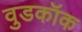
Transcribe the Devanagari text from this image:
वुडकॉक